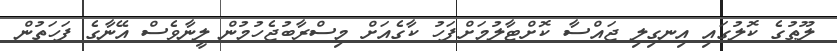
ލޫޠުގެ ކޮލުގައި އިނގިލި ޖައްސާ ކޮށްޓާލުމަށްފަހު ކާގެއަށް މިސްރާބުޖެހުމުން ލީނާވެސް އޭނާގެ ފަހަތުން